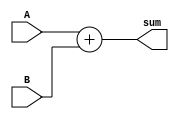
module adder_8bit (input[7:0] A,B,output reg[8:0] sum);
always @ (*)
 begin
  sum<=A+B;
end
endmodule